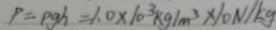
P = \rho g h = 1 . 0 \times 1 0 ^ { 3 } k g / m ^ { 3 } \times 1 0 N / k g